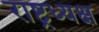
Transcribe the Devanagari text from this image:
राष्ट्रध्यक्ष